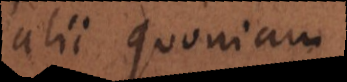
alii quoniam